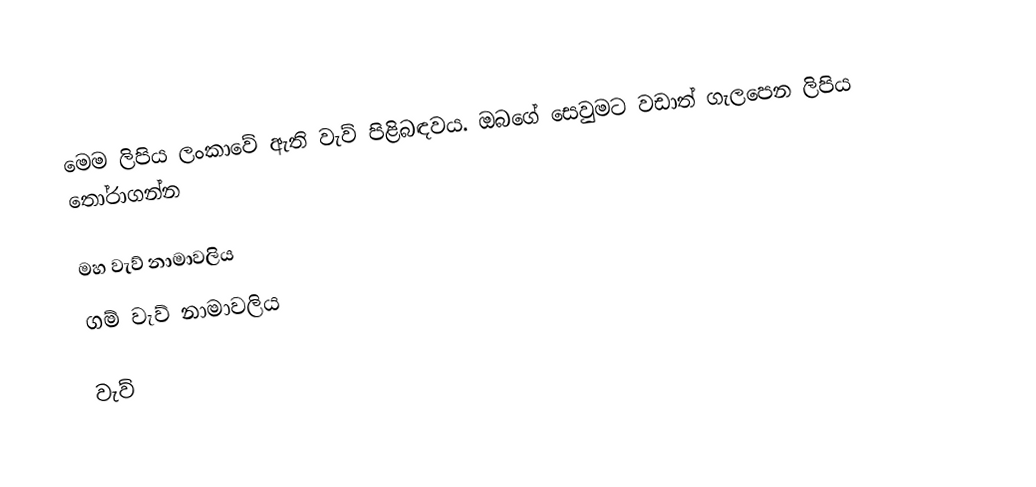
මෙම ලිපිය ලංකාවේ ඇති වැව් පිළිබඳවය. ඔබගේ සෙවුමට වඩාත් ගැලපෙන ලිපිය තෝරාගන්න

 මහ වැව් නාමාවලිය
 ගම් වැව් නාමාවලිය

වැව්